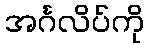
အင်္ဂလိပ်ကို